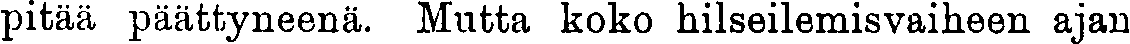
pitää päättyneenä. Mutta koko hilseilemisvaiheen ajan